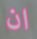
ان